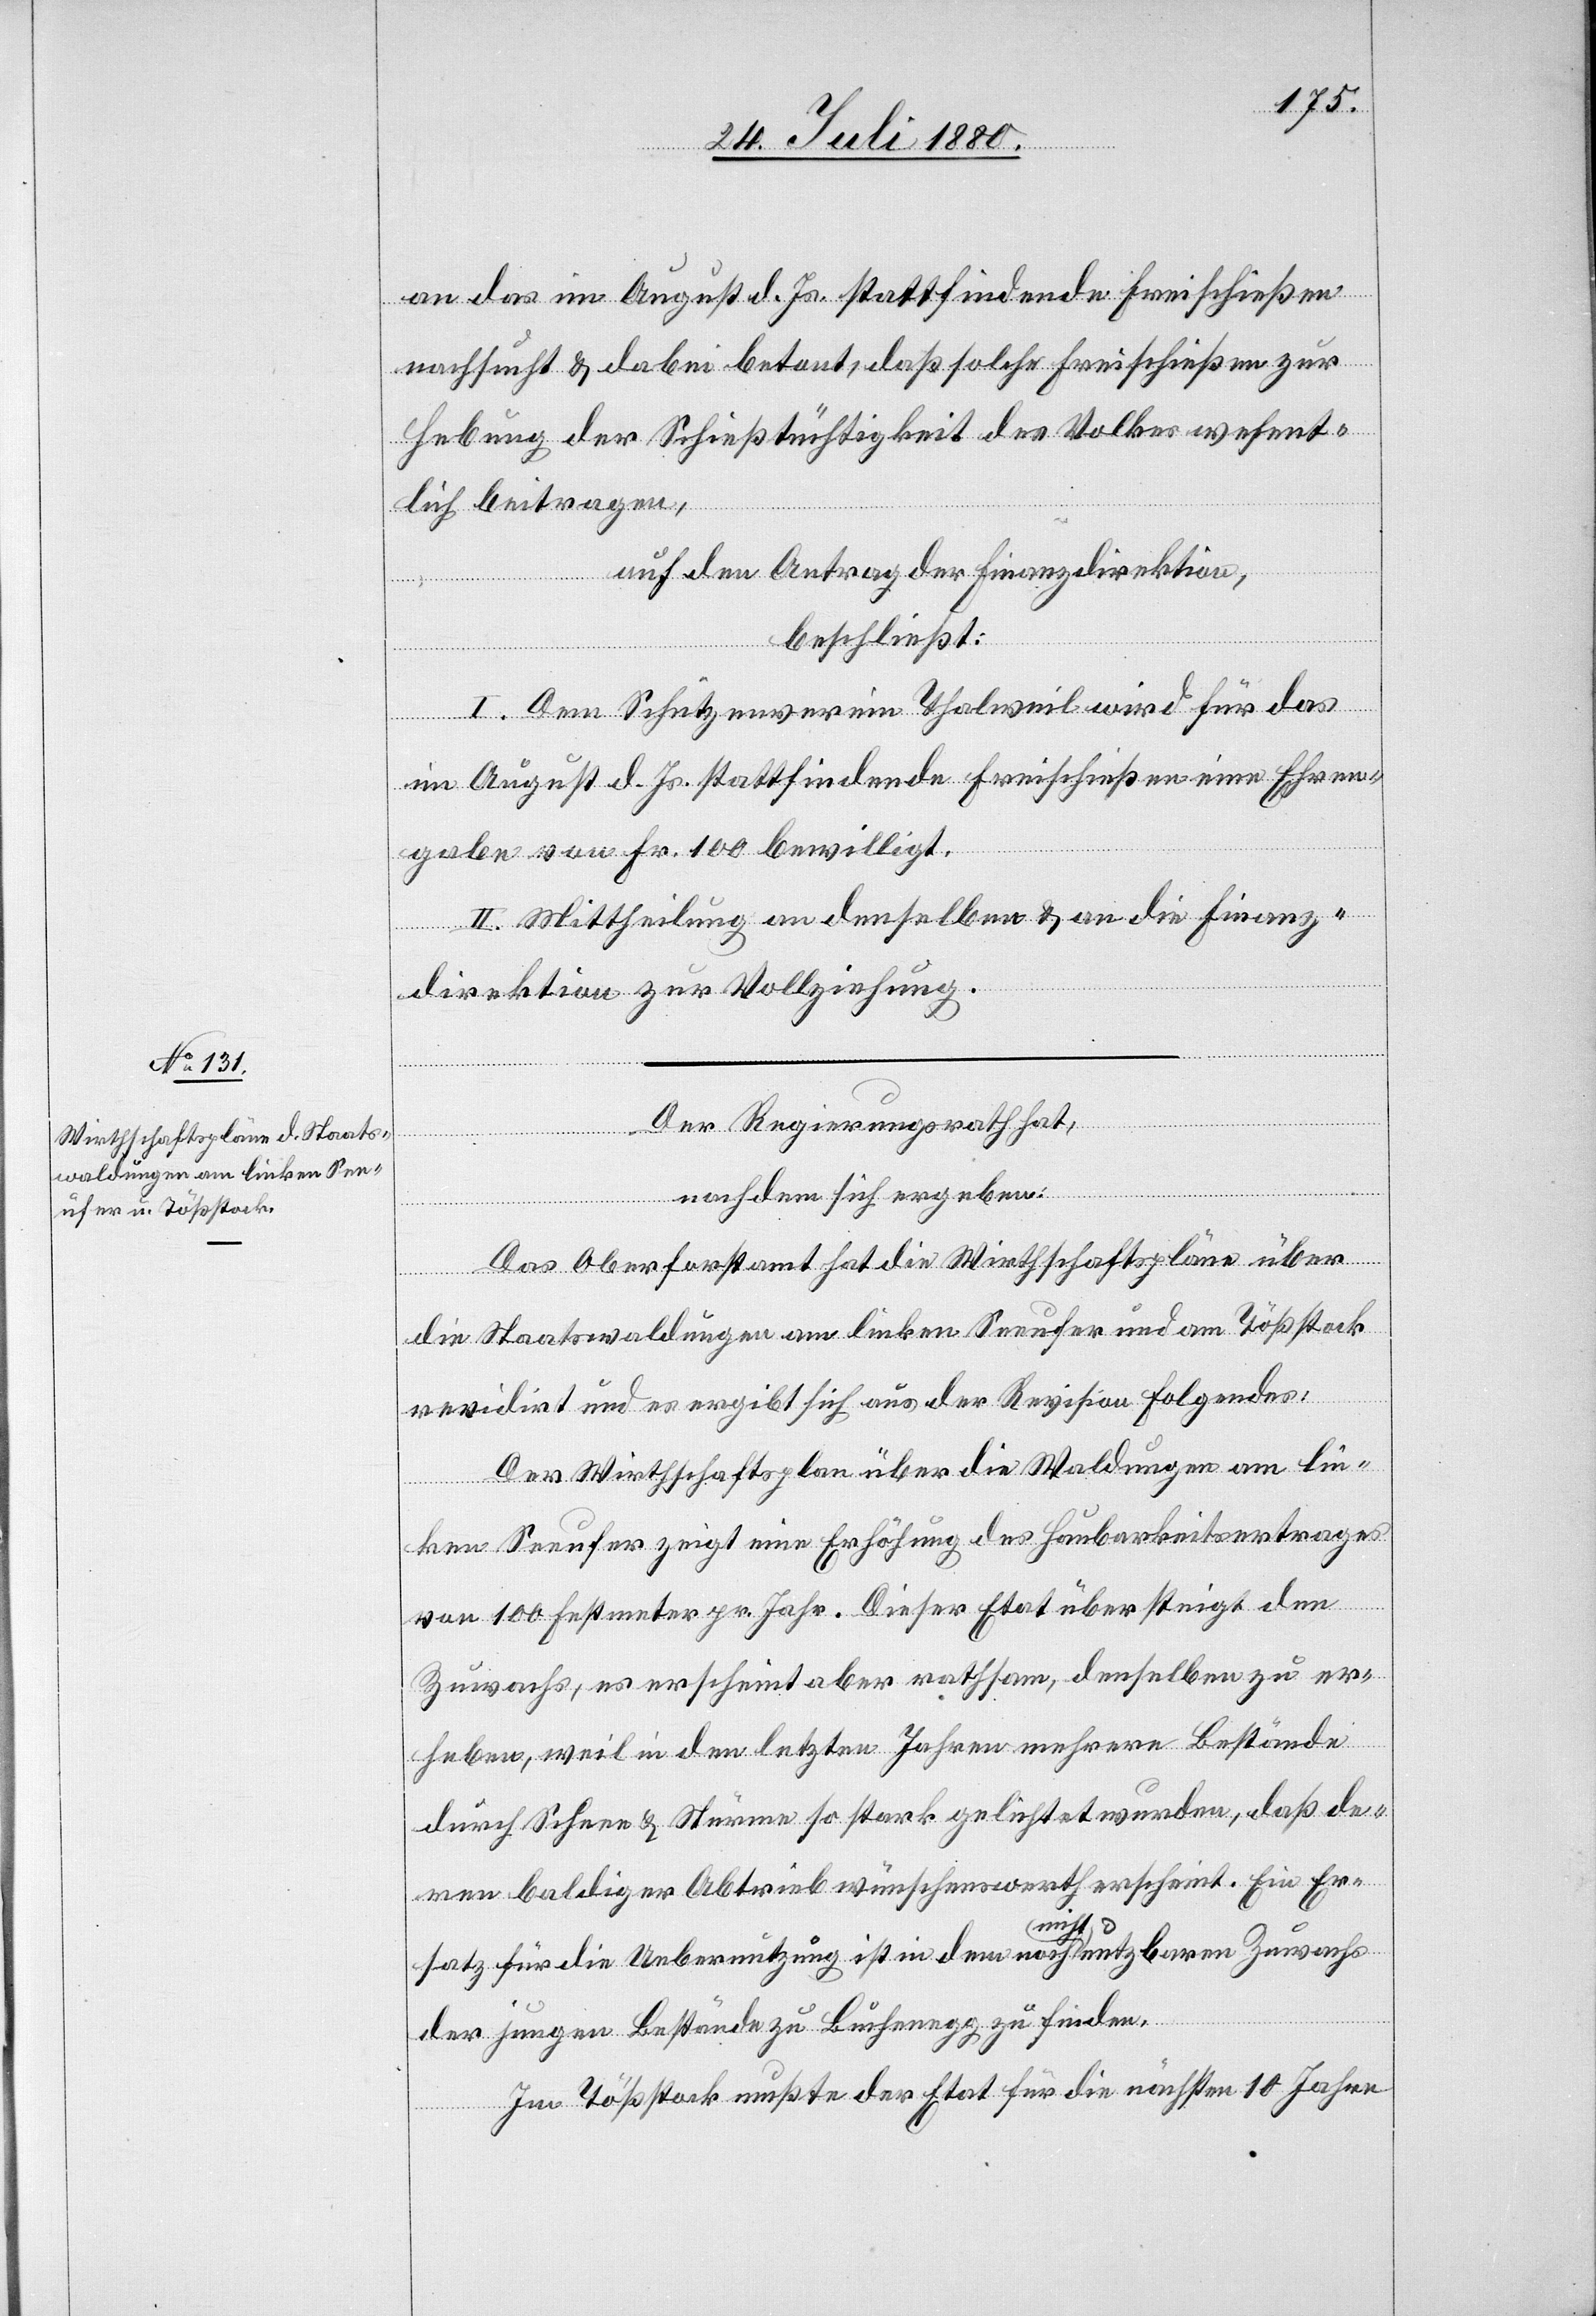
an das im August d. Js. stattfindenden Freischießen
nachsucht & dabei betont, daß solche Freischießen zur
Hebung der Schießtüchtigkeit des Volkes wesent¬
lich beitragen,
auf den Antrag der Finanzdirektion,
beschließt:
I. Dem Schützenverein Thalweil wird für das
im August d. Js. stattfindenden Freischießen eine Ehren¬
gabe von Fr. 100 bewilligt.
II. Mittheilung an denselben & an die Finanz¬
direktion zur Vollziehung.
Der Regierungsrath hat,
nach dem sich ergeben:
Das Oberforstamt hat die Wirthschaftspläne über
die Staatswaldungen am linken Seeufer und am Tößstock
revidirt und es ergibt sich aus der Revision folgendes:
Der Wirthschaftsplan über die Waldungen am lin¬
ken Seeufer zeigt eine Erhöhung des Haubarkeitsertrages
von 100 Festmeter pr. Jahr. Dieser Etat übersteigt den
Zuwachs, es erscheint aber rathsam, denselben zu er¬
heben, weil in den letzten Jahren mehrere Bestände
durch Schnee & Wärme so stark gelichtet wurden, daß de¬
ren baldiger Abrieb wünschenswerth erscheint. Ein Er¬
satz für die Uebernutzung ist in dem noch nicht nutzbaren Zuwachs
der jungen Bestände zu Buchenegg zu finden.
Im Tößstock mußte der Etat für die nächsten 10 Jahre